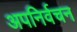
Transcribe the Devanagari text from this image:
अपनिर्वचन